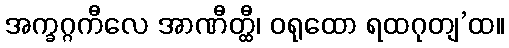
အက္ခဂ္ဂကီလေ အာဏီတ္ထီ၊ ဝရုထော ရထဂုတျ’ထ။